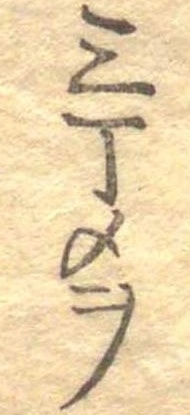
三丁メヲ